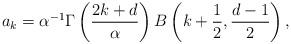
LaTeX: \begin{align*}a_{k}=\alpha^{-1}\Gamma\left(\frac{2k + d}{\alpha}\right)B\left(k + \frac{1}{2}, \frac{d-1}{2}\right),\end{align*}